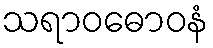
သရာဝဓောဝနံ